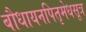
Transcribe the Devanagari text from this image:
बौधायनपितृमेधसूत्र